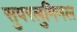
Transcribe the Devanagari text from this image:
सुपरलुमिनल